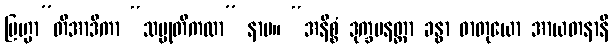
ဗြဟ္မာ”တိအာဒိကာ “သမ္မုတိကထာ” နာမ။ “အနိစ္စံ ဒုက္ခမနတ္တာ ခန္ဓာ ဓာတုယော အာယတနာနိ